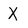
Character: X